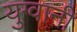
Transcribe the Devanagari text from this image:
युग्वानी